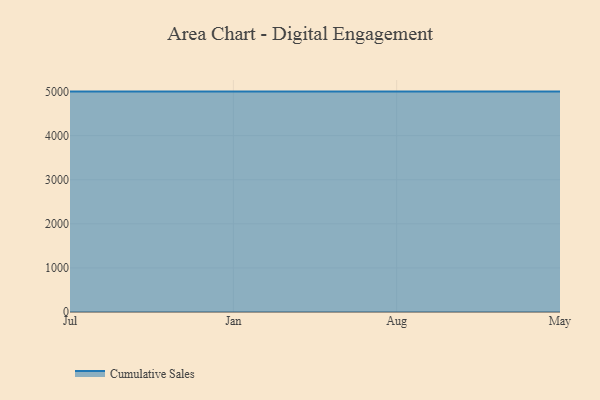
{"axis": {"x": "Month", "y": "Energy Usage (MWh)"}, "legend": ["Cumulative Sales"], "data": [{"x": "Jul", "y": 5000, "type": "Cumulative Sales"}, {"x": "Jan", "y": 5000, "type": "Cumulative Sales"}, {"x": "Aug", "y": 5000, "type": "Cumulative Sales"}, {"x": "May", "y": 5000, "type": "Cumulative Sales"}]}